Indian journal of veterinary science and animal husbandry - Volume 7,
Year: 1937
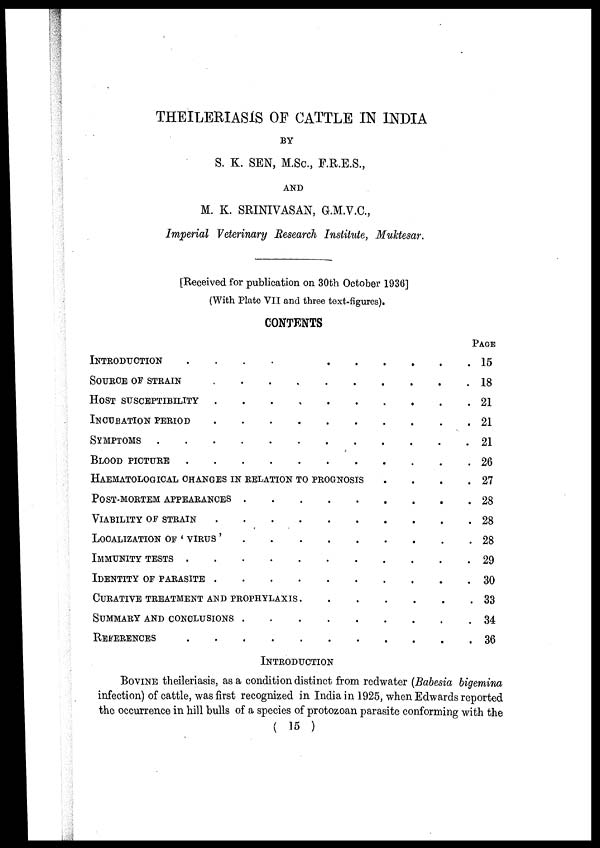
THEILERIASIS OF CATTLE IN INDIA
BY
S. K. SEN, M.Sc., F.R.E.S.,
AND
M. K. SRINIVASAN, G.M.V.C.,
Imperial Veterinary Research Institute, Muktesar.
[Received for publication on 30th October 1936]
(With Plate VII and three text-figures).
CONTENTS
INTRODUCTION
SOURCE OF STRAIN
HOST SUSCEPTIBILITY
INCUBATION PERIOD .
SYMPTOMS . . .
BLOOD PICTURE . .
.
.
.
.
.
.
.
.
.
.
.
.
.
.
.
.
.
.
.
.
.
.
.
.
.
.
.
.
.
.
HAEMATOLOGICAL CHANGES IN RELATION TO PROGNOSIS
POST-MORTEM APPEARANCES
VIABILITY OF STRAIN
LOCALIZATION OF ' VIRUS '
IMMUNITY TESTS . .
IDENTITY OF PARASITE
.
.
.
.
.
.
.
.
.
.
.
.
.
.
.
CURATIVE TREATMENT AND PROPHYLAXIS.
SUMMARY AND CONCLUSIONS
REFERENCES . .
.
.
.
.
.
.
.
.
.
.
.
.
.
.
.
.
.
.
.
.
.
.
.
.
.
.
.
.
.
.
.
.
.
.
.
.
.
.
.
.
.
.
.
.
.
.
.
.
.
.
.
.
.
.
.
.
.
.
.
.
.
.
.
.
.
.
.
PAGE
15
18
21
21
21
26
27
28
28
28
29
30
33
34
36
INTRODUCTION
BOVINE theileriasis, as a condition distinct from redwater (Babesia bigemina
infection) of cattle, was first recognized in India in 1925, when Edwards reported
the occurrence in hill bulls of a species of protozoan parasite conforming with the
( 15 )